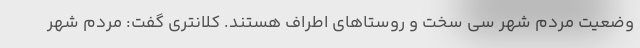
وضعیت مردم شهر سی سخت و روستاهای اطراف هستند. کلانتری گفت: مردم شهر